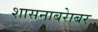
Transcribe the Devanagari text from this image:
शासनाबरेाबर